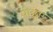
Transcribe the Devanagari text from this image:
पीछए